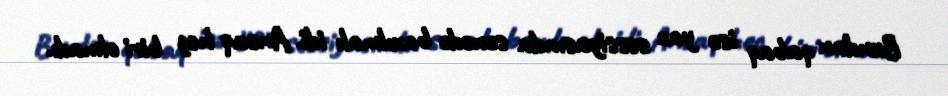
Bundan qabaq isə yaz sessiyasında sənədə baxılmalı idi. Ancaq heç biri olmadı.